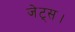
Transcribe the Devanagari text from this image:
जेट्स।